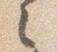
之